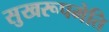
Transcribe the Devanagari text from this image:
सुखरूपमेति